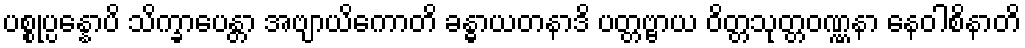
ပစ္စုပ္ပန္နောပိ သိက္ခာပေန္တာ အဗျာယိကောတိ ခန္ဓာယတနာဒိ ပတ္တဗ္ဗာယ ဝိတ္တသုတ္တဝဏ္ဏနာ နေဝါစိနာတိ